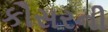
કૌસરની